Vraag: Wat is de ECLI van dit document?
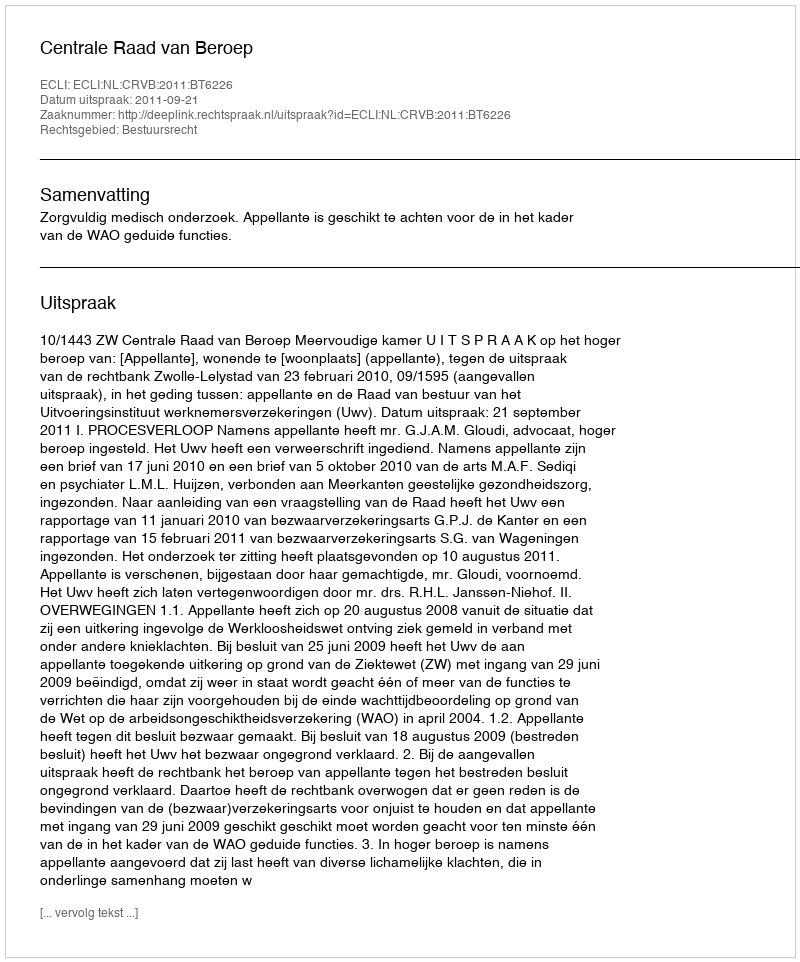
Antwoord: ECLI:NL:CRVB:2011:BT6226